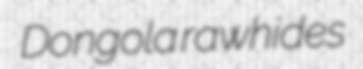
Dongola rawhides